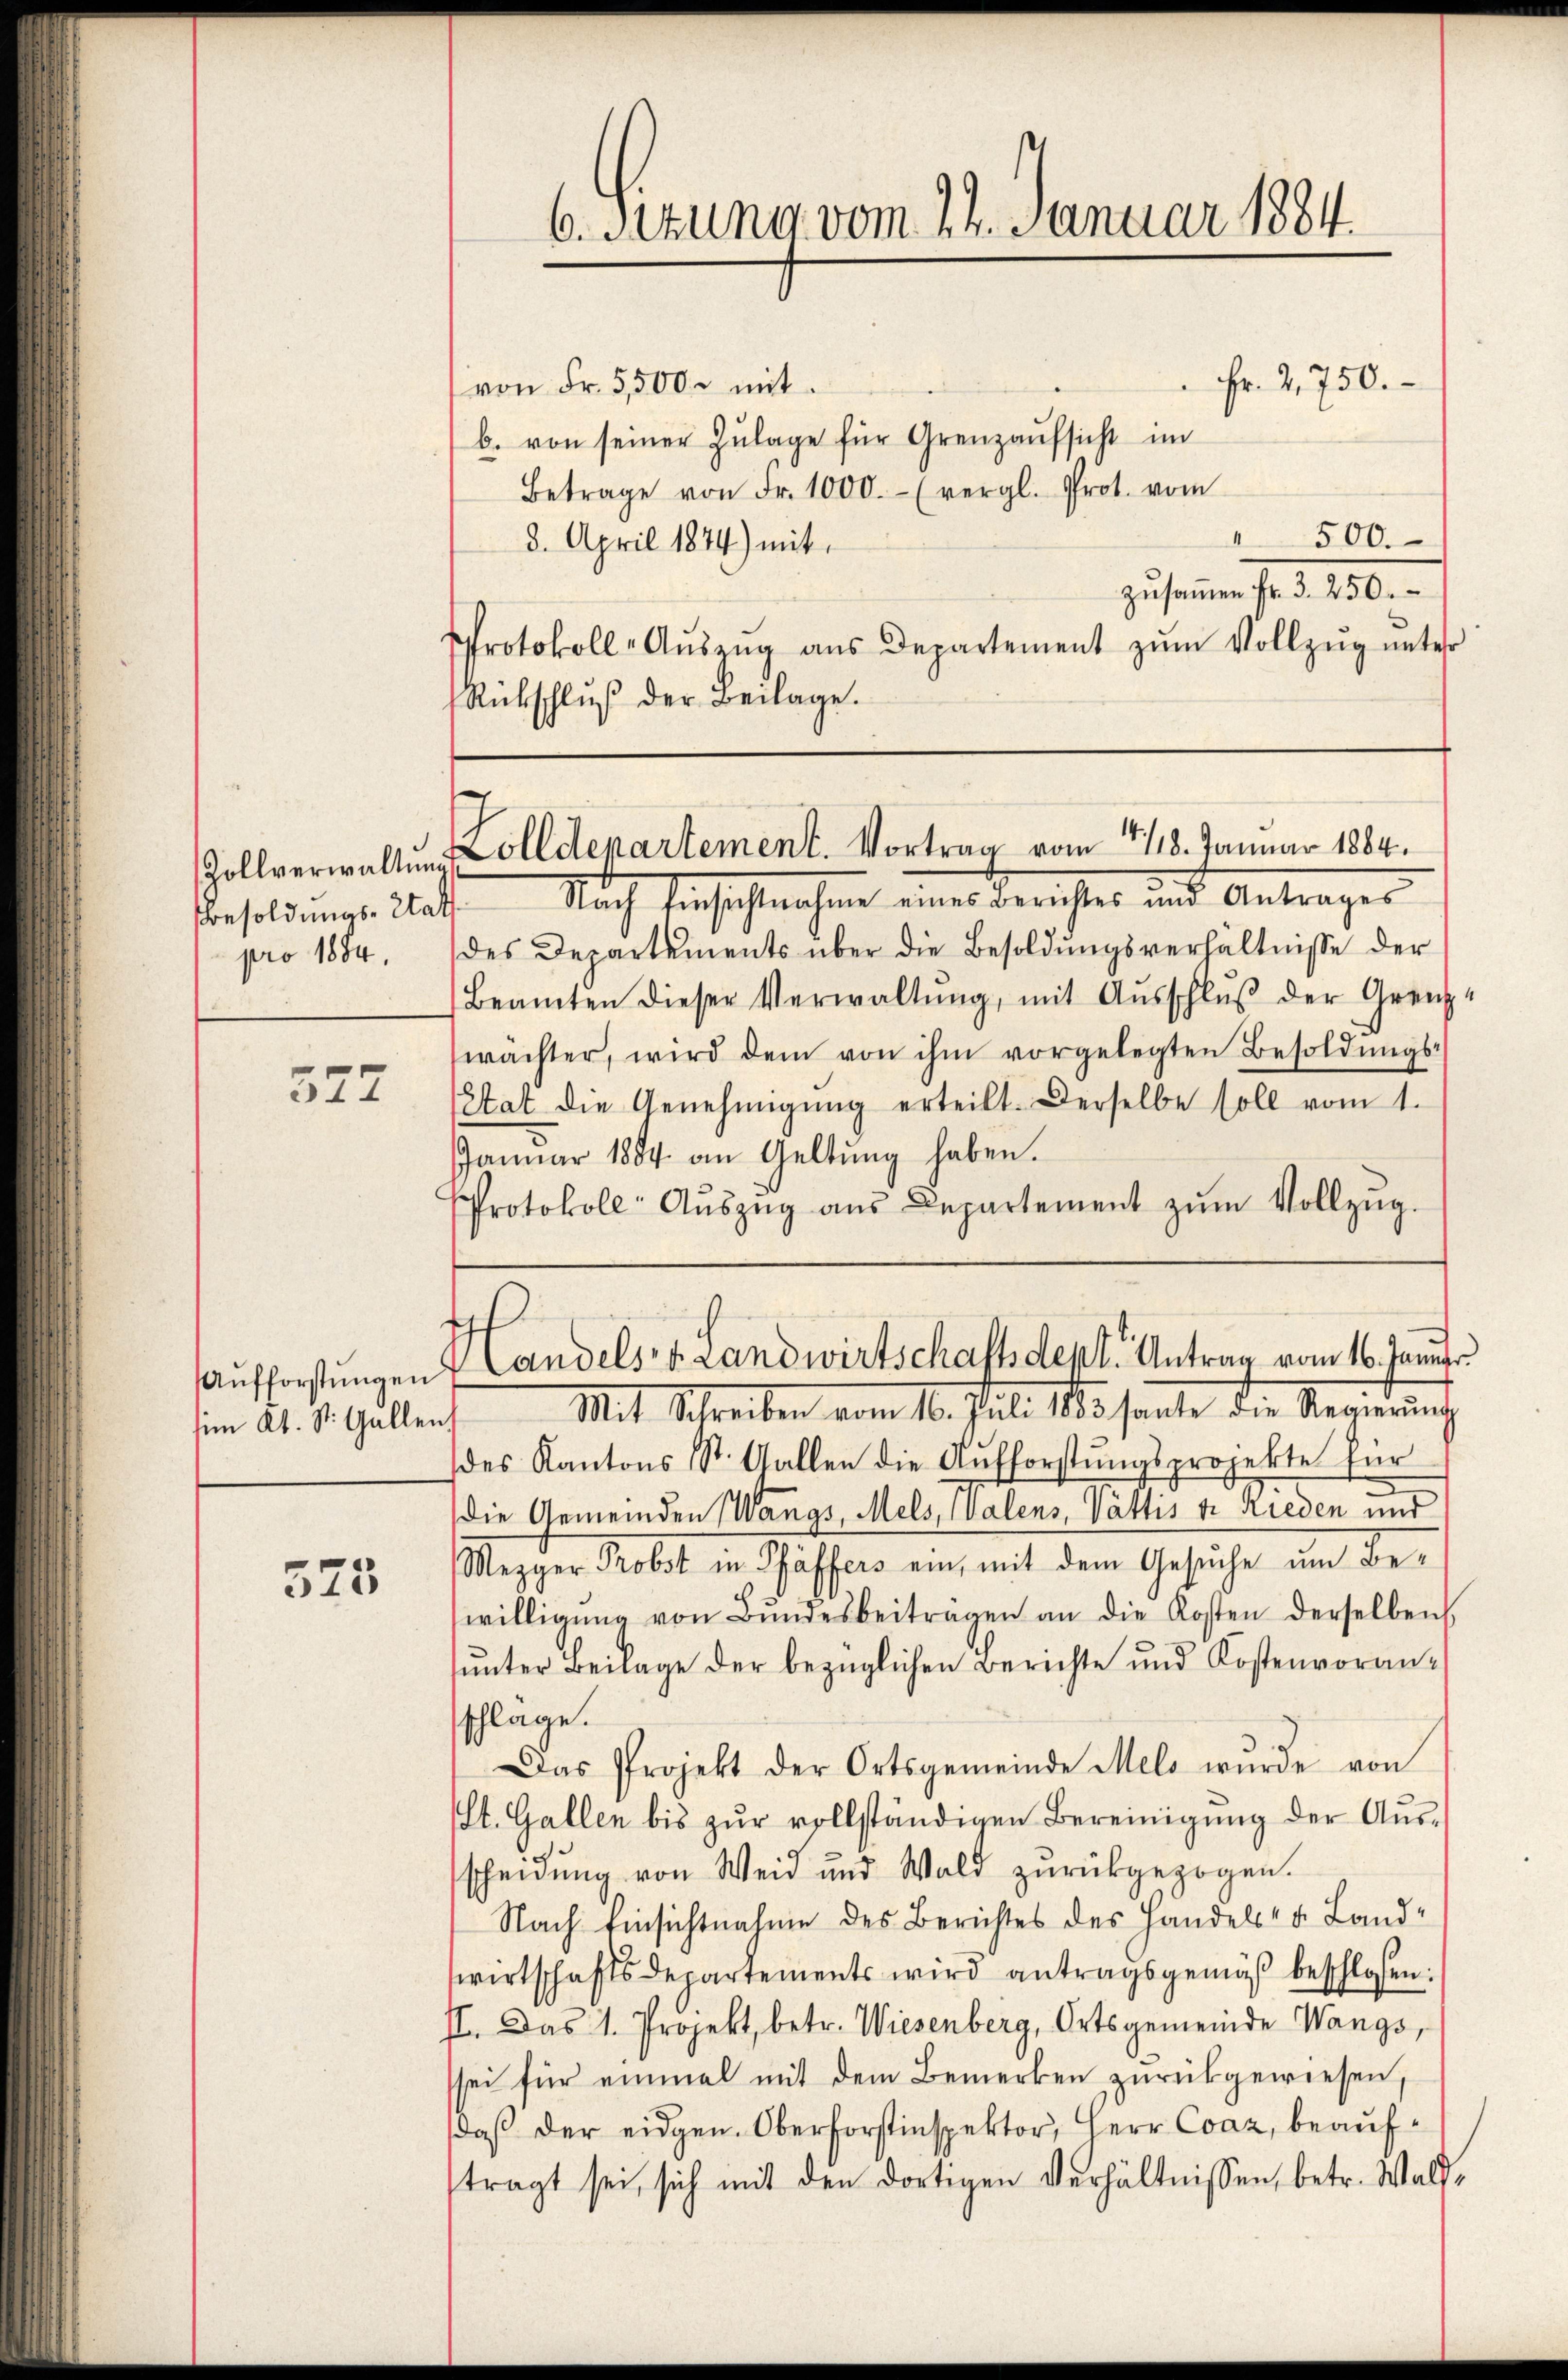
Besoldungs-Etat
pro 1884.

327

n Kt. St. Gallen,

525

6. Situng vom 24. Januar 1884.

Fr. 2,750.
von Fr. 5500 x mit
b. von seiner Zŭlage für Grenzaufsicht im
Betrage von Fr. 1000.- (vergl. Prot. vom
500.
1
8. April 1874) mit
zusammen d. d. 150.
Protokoll-Aŭszŭg ans Departement zŭm Vollzug unter
Rückschlŭβ der Beilage.

Zollverwaltŭng Zolldepartement. Vortrag vom 4118. Januar 1884.

Nach Einsichtnahme eines Berichtes und Antrages
des Departements über die Besoldungsverhältnisse der
Beamten dieser Verwaltŭng, mit Ausschlŭβ der Grenz-
wächter, wird dem von ihm vorgelegten Besoldŭngs-
Etat die Genehmigŭng erteilt. Derselbe soll vom 1.
Janŭar 1884 an Geltŭng haben.
Protokoll- Aŭszŭg aŭs Departement zŭm Vollzŭg.

Aufforstungen Handelst Landwirtschaftsdept. Antrag vom 16. Januar.

Mit Schreiben vom 16. Juli 185 sante die Regierung
des Kantons St. Gallen die Aufforstŭngsprojekte für
Die Gemeinden Wangs, Mels, Walens, Vättis v. Rieden und
Mezger Probst in Pfäffers ein, mit dem Gesuche um Bewilligŭng von Bŭndesbeiträgen an die Kosten derselben
unter Beilage der bezüglichen Berichte und Kostenvoranschläge.
Das Projekt der Ortsgemeinde Melo wurde von
St. Gallen bis zŭr vollständigen Bereinigŭng der Ausscheidŭng von Weid und Wald zŭrückgezogen.
Nach Einsichtnahme des Berichtes des Handels- u. Landwirtschaftsdepartements wird antragsgemäß beschloßen:
II. Das 1. Projekt, betr. Wiesenberg, Ortsgemeinde Wangs,
sei für einmal mit dem Bemerken zurückgewiesen,
daβ der eidgen. Oberforstinspektor, Herr Coaz, beauftragt sei, sich mit den dortigen Verhältnissen, betr. Wald-